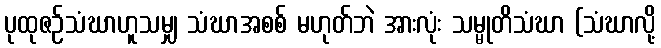
ပုထုဇဉ်သံဃာဟူသမျှ သံဃာအစစ် မဟုတ်ဘဲ အားလုံး သမ္မုတိသံဃာ (သံဃာလို့